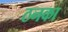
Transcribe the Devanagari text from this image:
ठनका